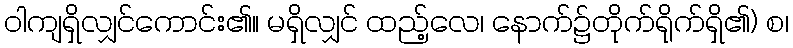
ဝါကျရှိလျှင်ကောင်း၏။ မရှိလျှင် ထည့်လေ၊ နောက်၌တိုက်ရိုက်ရှိ၏) စ၊